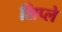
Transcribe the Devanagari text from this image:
शिप्ले